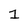
Character: 1